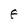
Character: F